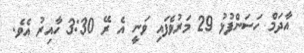
އާދަމް ހަސަންފުޅު 29 މަރުވެފައި ވަނީ އެ ރޭ 3:30 ހާއިރު އެވެ.